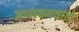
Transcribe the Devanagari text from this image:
उत्प्लवनवाले